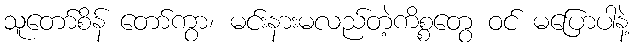
သူတော်စိန် တော်ကွာ၊ မင်းနားမလည်တဲ့ကိစ္စတွေ ဝင် မပြောပါနဲ့